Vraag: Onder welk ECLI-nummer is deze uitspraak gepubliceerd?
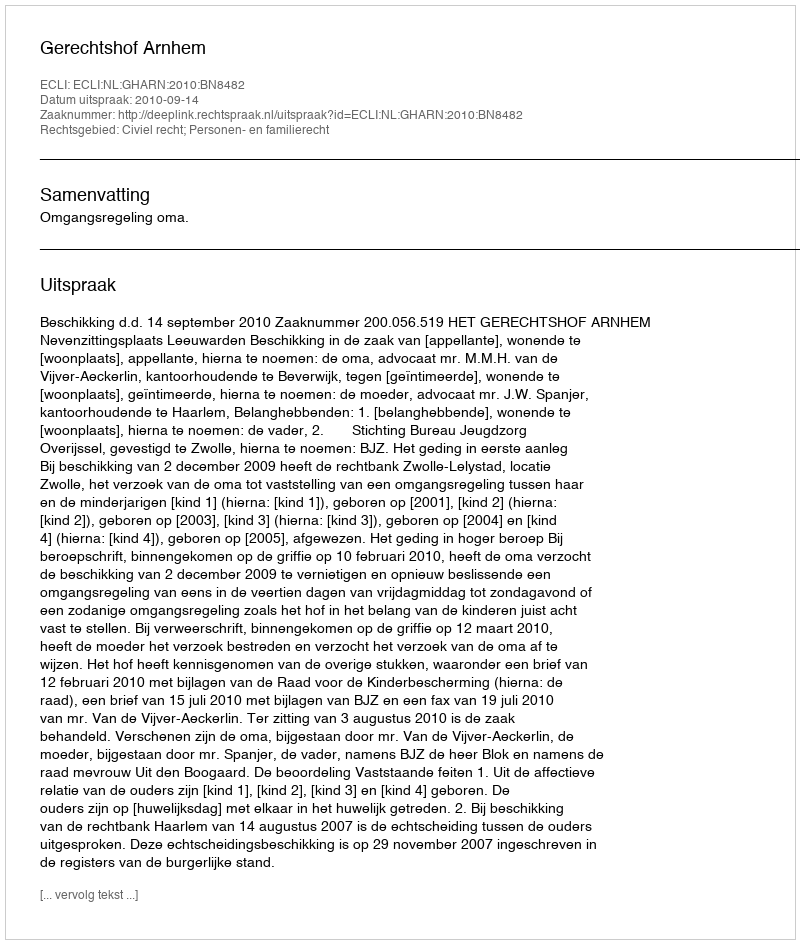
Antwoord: ECLI:NL:GHARN:2010:BN8482